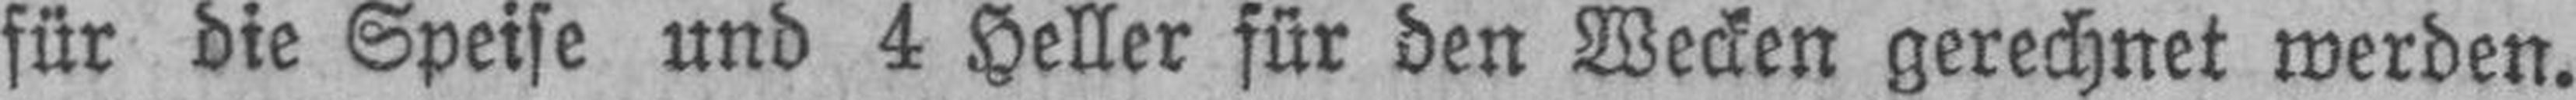
für die Speise und 4 Heller für den Wecken gerechnet werden.